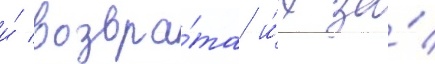
и́ возвра́та и́х за́